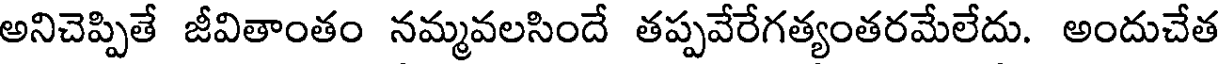
అనిచెప్పితే జీవితాంతం నమ్మవలసిందే తప్పవేరేగత్యంతరమేలేదు. అందుచేత